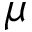
\mu